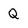
Character: Q